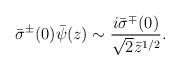
LaTeX: \begin{align*}\bar{\sigma}^\pm(0)\bar{\psi}(z)\sim \frac{i\bar{\sigma}^\mp(0)}{\sqrt{2}\bar{z}^{1/2}}.\end{align*}